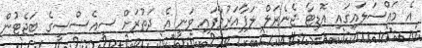
އެ މައްސަލައިގައި އޮޑިޓާ ޖެނެރަލް ލަފާއަރުވާފައި ވަނީ އެ ދަތުރަށް ސީއެސްސީގެ ބަޖެޓުން